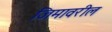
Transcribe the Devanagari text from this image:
जिमावरील